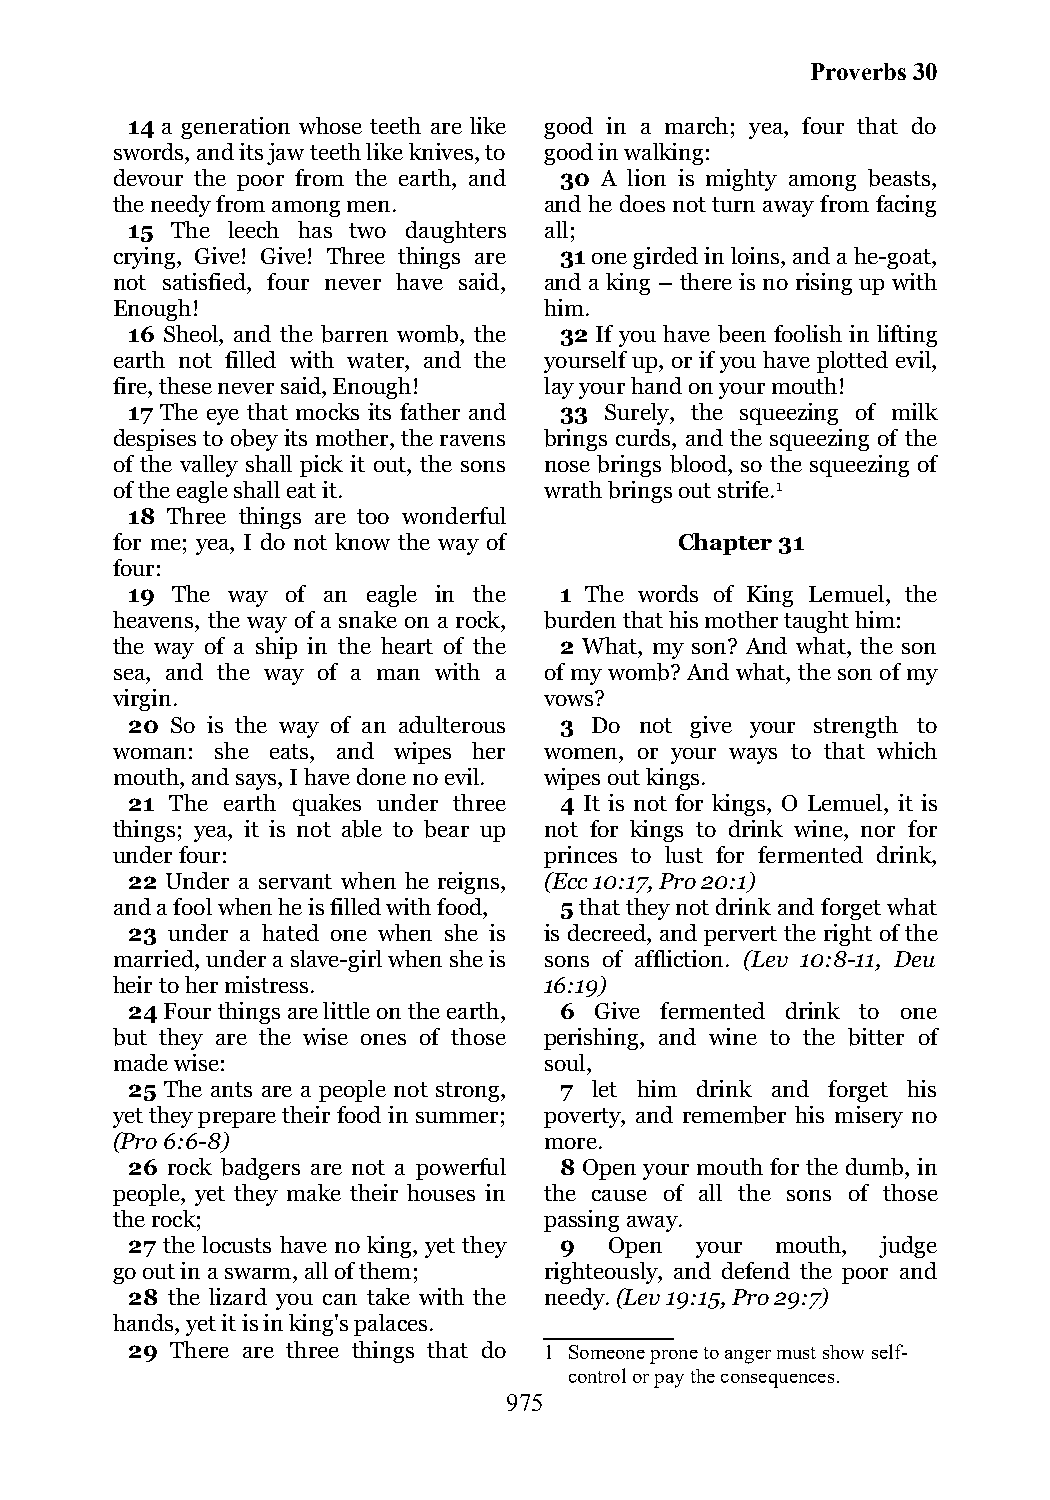
Proverbs 30
 14 a generation whose teeth are like good in a march; yea, four that do
 swords, and its jaw teeth like knives, to good in walking:
 devour the poor from the earth, and 30 A lion is mighty among beasts,
 the needy from among men.    and he does not turn away from facing
 15 The leech has two daughters all;
 crying, Give! Give! Three things are 31 one girded in loins, and a he-goat,
 not satisfied, four never have said, and a king – there is no rising up with
 Enough!                      him.
 16 Sheol, and the barren womb, the 32 If you have been foolish in lifting
 earth not filled with water, and the yourself up, or if you have plotted evil,
 fire, these never said, Enough! lay your hand on your mouth!
 17 The eye that mocks its father and 33 Surely, the squeezing of milk
 despises to obey its mother, the ravens brings curds, and the squeezing of the
 of the valley shall pick it out, the sons nose brings blood, so the squeezing of
 of the eagle shall eat it.   wrath brings out strife.1
 18 Three things are too wonderful
 for me; yea, I do not know the way of Chapter 31
 four:
 19 The way of an eagle in the 1 The words of King Lemuel, the
 heavens, the way of a snake on a rock, burden that his mother taught him:
 the way of a ship in the heart of the 2 What, my son? And what, the son
 sea, and the way of a man with a of my womb? And what, the son of my
 virgin.                      vows?
 20 So is the way of an adulterous 3 Do not give your strength to
 woman: she eats, and wipes her women, or your ways to that which
 mouth, and says, I have done no evil. wipes out kings.
 21 The earth quakes under three 4 It is not for kings, O Lemuel, it is
 things; yea, it is not able to bear up not for kings to drink wine, nor for
 under four:                  princes to lust for fermented drink,
 22 Under a servant when he reigns, (Ecc 10:17, Pro 20:1)
 and a fool when he is filled with food, 5 that they not drink and forget what
 23 under a hated one when she is is decreed, and pervert the right of the
 married, under a slave-girl when she is sons of affliction. (Lev 10:8-11, Deu
 heir to her mistress.        16:19)
 24 Four things are little on the earth, 6 Give fermented drink to one
 but they are the wise ones of those perishing, and wine to the bitter of
 made wise:                   soul,
 25 The ants are a people not strong, 7 let him drink and forget his
 yet they prepare their food in summer; poverty, and remember his misery no
 (Pro 6:6-8)                  more.
 26 rock badgers are not a powerful 8 Open your mouth for the dumb, in
 people, yet they make their houses in the cause of all the sons of those
 the rock;                    passing away.
 27 the locusts have no king, yet they 9 Open your mouth, judge
 go out in a swarm, all of them; righteously, and defend the poor and
 28 the lizard you can take with the needy. (Lev 19:15, Pro 29:7)
 hands, yet it is in king's palaces.
 29 There are three things that do 1 Someone prone to anger must show self-
 control or pay the consequences.
 975